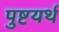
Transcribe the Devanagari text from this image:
पुष्टयर्थ